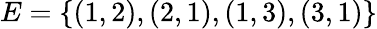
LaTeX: E=\{ (1,2),(2,1),(1,3),(3,1)\}